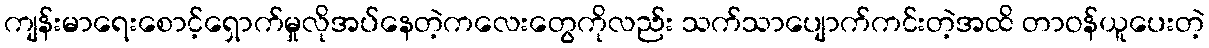
ကျန်းမာရေးစောင့်ရှောက်မှုလိုအပ်နေတဲ့ကလေးတွေကိုလည်း သက်သာပျောက်ကင်းတဲ့အထိ တာဝန်ယူပေးတဲ့